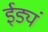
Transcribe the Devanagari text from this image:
ईड्यं